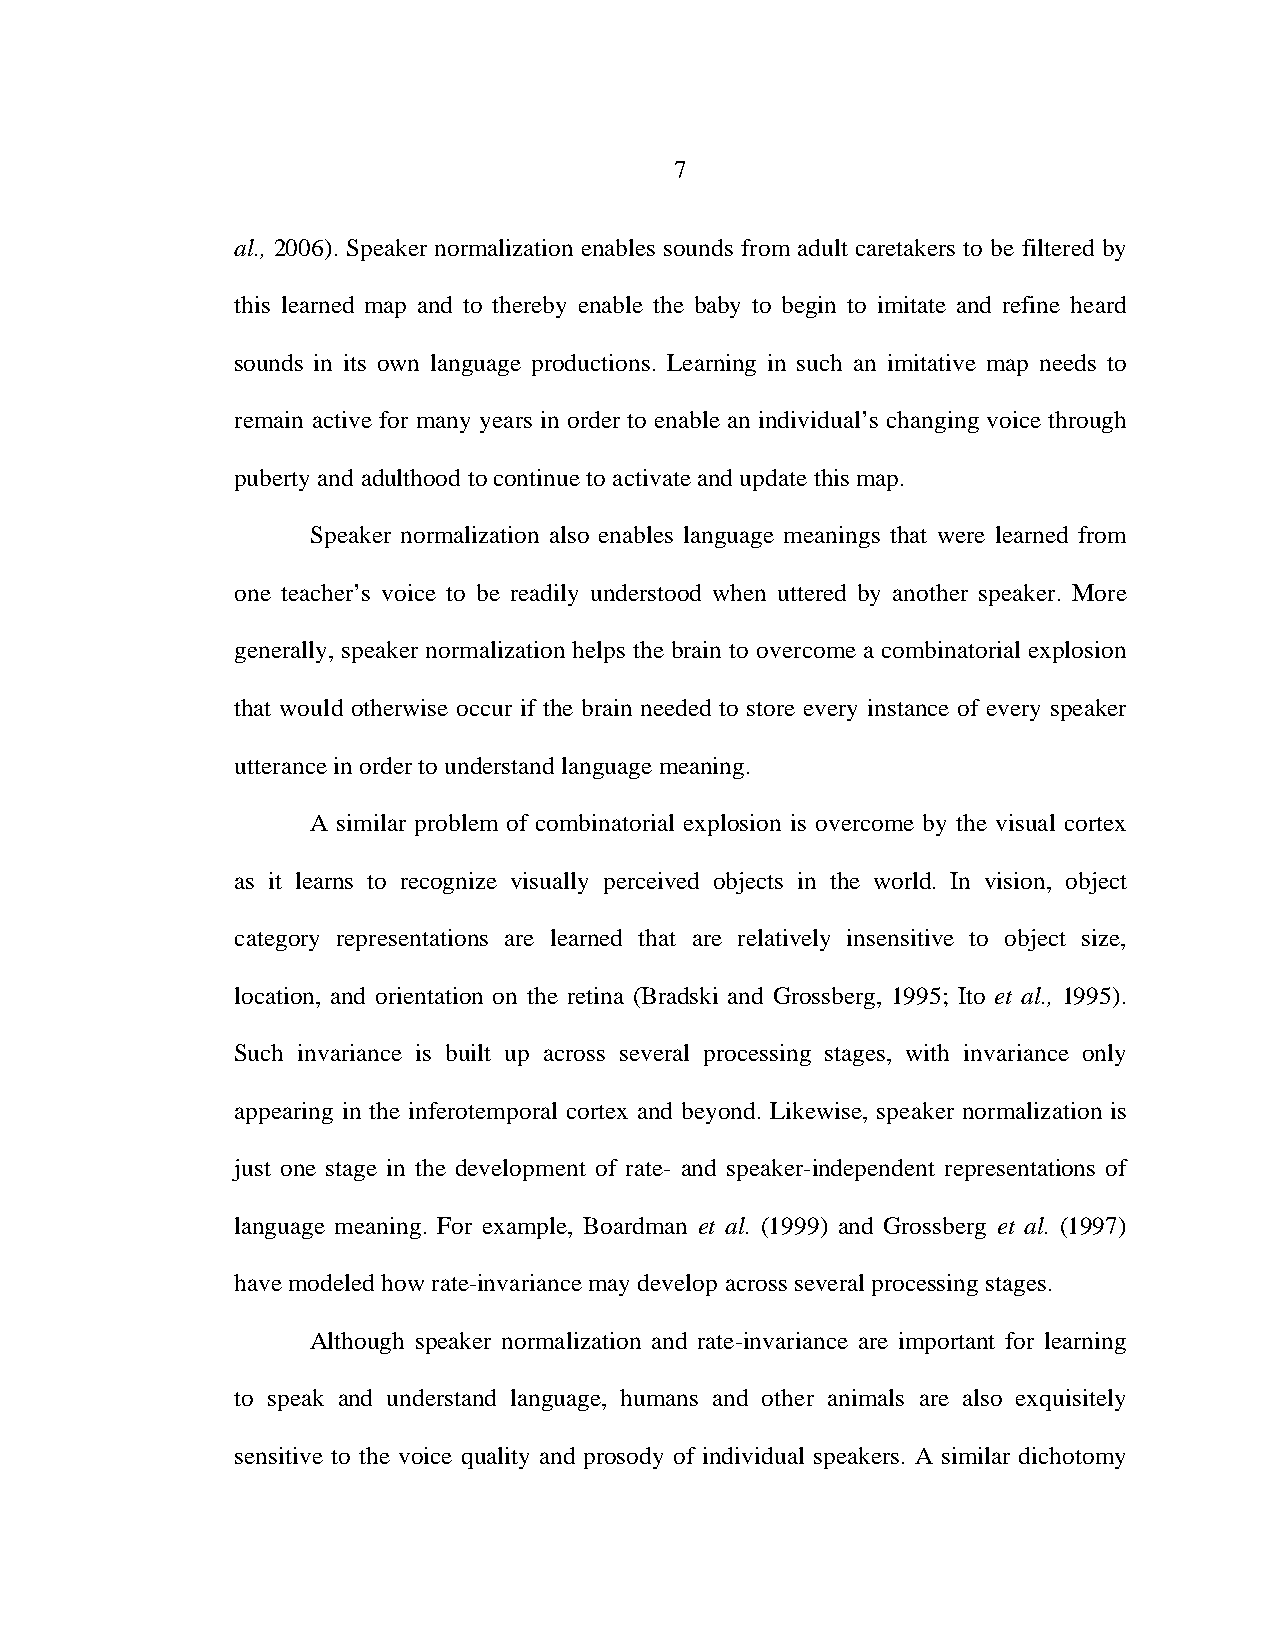
7
 al., 2006). Speaker normalization enables sounds from adult caretakers to be filtered by
 this learned map and to thereby enable the baby to begin to imitate and refine heard
 sounds in its own language productions. Learning in such an imitative map needs to
 remain active for many years in order to enable an individual’s changing voice through
 puberty and adulthood to continue to activate and update this map.
 Speaker normalization also enables language meanings that were learned from
 one teacher’s voice to be readily understood when uttered by another speaker. More
 generally, speaker normalization helps the brain to overcome a combinatorial explosion
 that would otherwise occur if the brain needed to store every instance of every speaker
 utterance in order to understand language meaning.
 A similar problem of combinatorial explosion is overcome by the visual cortex
 as it learns to recognize visually perceived objects in the world. In vision, object
 category representations are learned that are relatively insensitive to object size,
 location, and orientation on the retina (Bradski and Grossberg, 1995; Ito et al., 1995).
 Such invariance is built up across several processing stages, with invariance only
 appearing in the inferotemporal cortex and beyond. Likewise, speaker normalization is
 just one stage in the development of rate- and speaker-independent representations of
 language meaning. For example, Boardman et al. (1999) and Grossberg et al. (1997)
 have modeled how rate-invariance may develop across several processing stages.
 Although speaker normalization and rate-invariance are important for learning
 to speak and understand language, humans and other animals are also exquisitely
 sensitive to the voice quality and prosody of individual speakers. A similar dichotomy